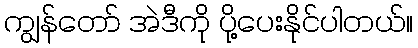
ကျွန်တော် အဲဒီကို ပို့ပေးနိုင်ပါတယ်။